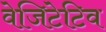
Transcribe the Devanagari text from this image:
वेजिटेटिव